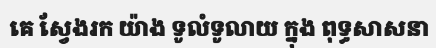
គេ ស្វែងរក យ៉ាង ទូលំទូលាយ ក្នុង ពុទ្ធសាសនា